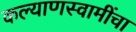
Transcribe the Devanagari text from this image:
कल्याणस्वामींचा